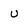
Character: U